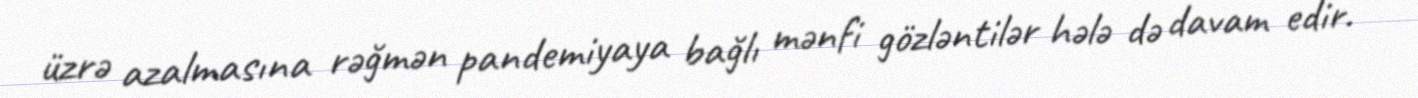
üzrə azalmasına rəğmən pandemiyaya bağlı mənfi gözləntilər hələ də davam edir.